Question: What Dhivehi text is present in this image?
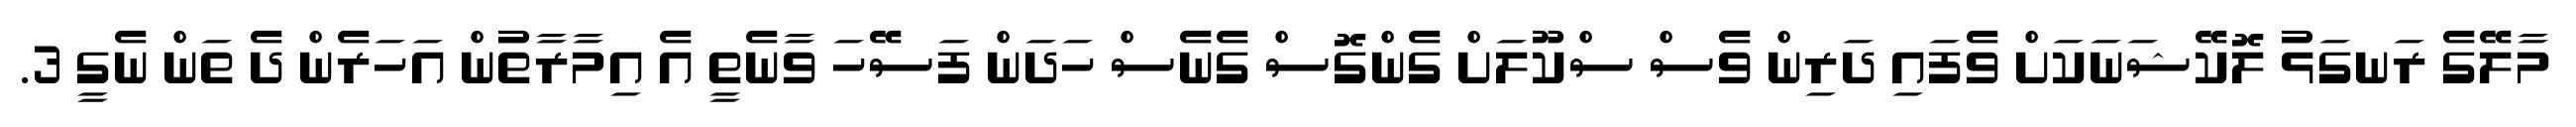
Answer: މާލޭގެ ރަނގަޅު ލޮކޭޝަނަކަށް ވެފައި ދަރިން ވެސް ސްކޫލަށް ގެންގޮސް ގެނެސް ހަދަން ފަސޭހަ ވާނެތީ އެ އިމާރާތުން އަހަރެން ދެ ތަން ނެގީ 3.